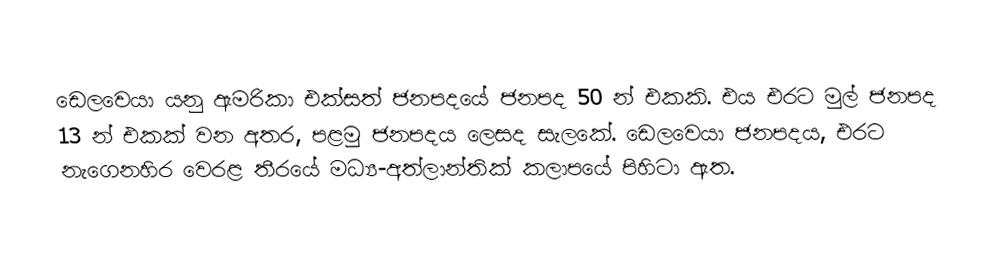
ඩෙලවෙයා යනු ඇමරිකා එක්සත් ජනපදයේ ජනපද 50 න් එකකි. එය එරට මුල් ජනපද 13 න් එකක් වන අතර, පළමු ජනපදය ලෙසද සැලකේ. ඩෙලවෙයා ජනපදය, එරට නැගෙනහිර වෙරළ තීරයේ මධ්‍ය-අත්ලාන්තික් කලාපයේ පිහිටා ඇත.